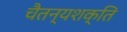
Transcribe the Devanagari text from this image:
चैतन्यशक्ति